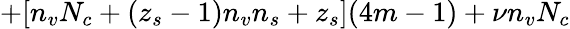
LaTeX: +[n_{v}N_{c}+(z_{s}-1)n_{v}n_{s}+z_{s}](4m-1)+\nu n_{v}N_{c}